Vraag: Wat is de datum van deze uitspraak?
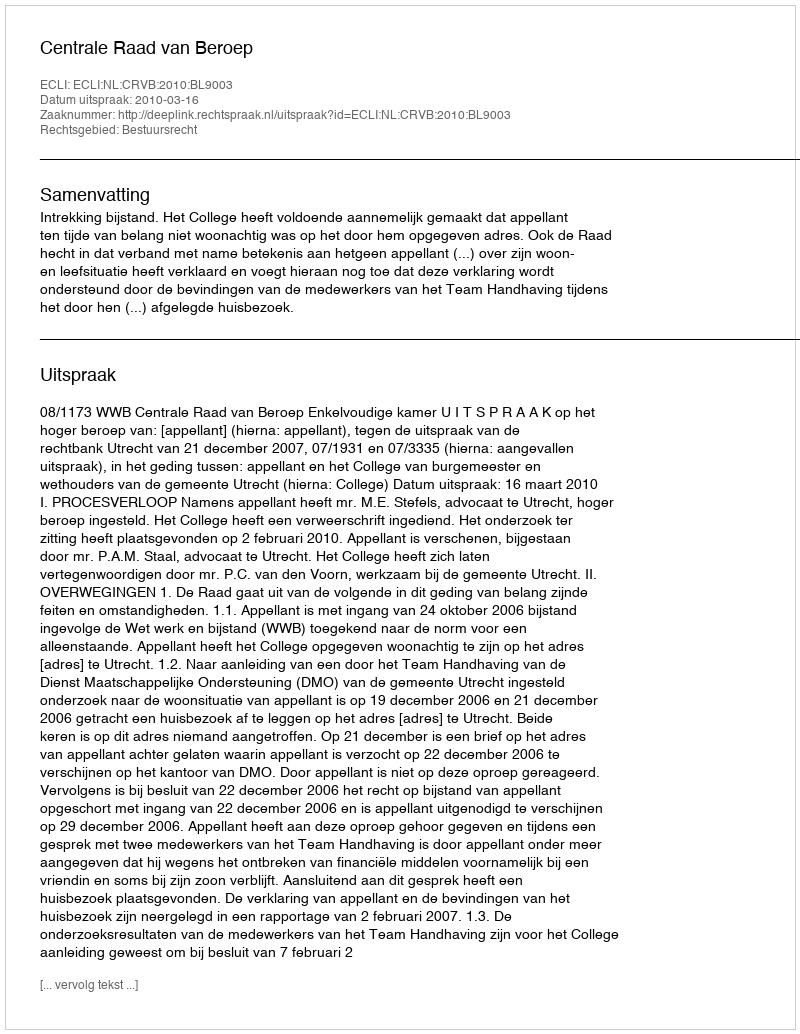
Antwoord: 2010-03-16